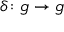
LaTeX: \delta \colon { \mathfrak { g } } \rightarrow { \mathfrak { g } }